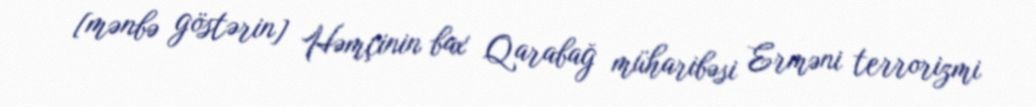
[mənbə göstərin] Həmçinin bax Qarabağ müharibəsi Erməni terrorizmi